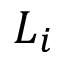
L _ { i }